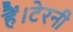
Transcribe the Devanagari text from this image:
हैं।टेरनी